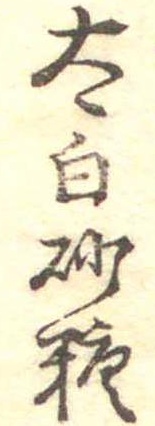
太白砂糖